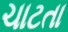
ચાટતા